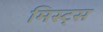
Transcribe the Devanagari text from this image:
मिस्ट्स